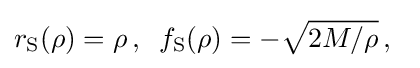
r_{\text{S}}(\rho )=\rho \,,\;\;f_{\text{S}}(\rho )=-{\sqrt {2M/\rho }}\,,\;\;